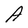
Character: A